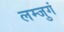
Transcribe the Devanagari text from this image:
लम्जुगं